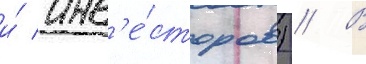
и́ инв'е́сторов) // В